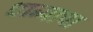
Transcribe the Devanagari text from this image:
धाब्याचा